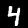
Label: 4